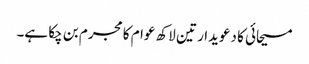
مسیحائی کا دعویدار تین لاکھ عوام کا مجرم بن چکا ہے۔